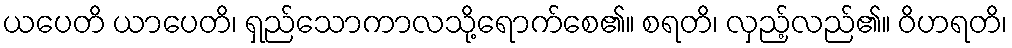
ယပေတိ ယာပေတိ၊ ရှည်သောကာလသို့ရောက်စေ၏။ စရတိ၊ လှည့်လည်၏။ ဝိဟရတိ၊